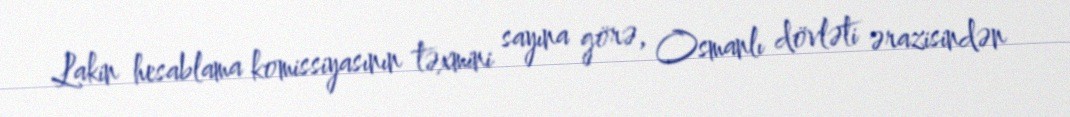
Lakin hesablama komissiyasının təxmini sayına görə, Osmanlı dövləti ərazisindən